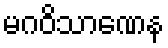
မဂဝိသာဏေန